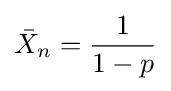
{\bar {X}}_{n}={\frac {1}{1-p}}